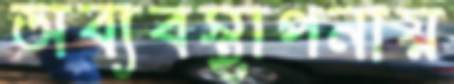
অব্যবস্থাপনায়